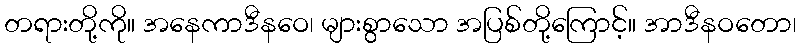
တရားတို့ကို။ အနေကာဒီနဝေ၊ များစွာသော အပြစ်တို့ကြောင့်။ အာဒီနဝတော၊